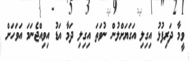
ވީމާ ދަރިފުޅު އިގިލި އަގަޔަށްލުން ނުވަތަ އިގިލި ދަމާ އަޑު އިވިއްޖެނަމަ އަވަހަށް